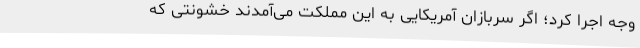
وجه اجرا کرد؛ اگر سربازان آمریکایی به این مملکت می‌آمدند خشونتی که